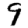
Digit: 9